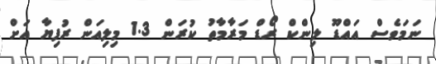
ނަމަވެސް އައްޑޫ ލިންކް ރޯޑް މަރާމާތު ކުރަން 1.3 މިލިއަން ރުފިޔާ އަށް